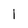
Character: I